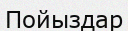
Пойыздар